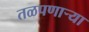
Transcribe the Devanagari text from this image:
तळपणार्‍या